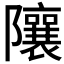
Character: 𨽢